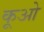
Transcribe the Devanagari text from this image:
कूओ